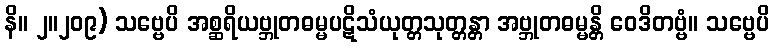
နိ။ ၂။၂၀၉) သဗ္ဗေပိ အစ္ဆရိယဗ္ဘုတဓမ္မပဋိသံယုတ္တသုတ္တန္တာ အဗ္ဘုတဓမ္မန္တိ ဝေဒိတဗ္ဗံ။ သဗ္ဗေပိ